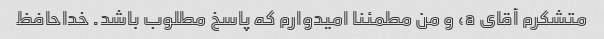
متشکرم آقای a، و من مطمئنا امیدوارم که پاسخ مطلوب باشد. خداحافظ